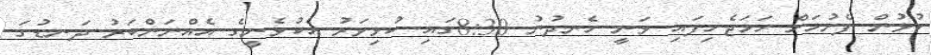
ކުޅުން ފެށުމަށް ހަމަޖެހިފައި ވަނީ ހެނދުނު 8:30ގައި ކުޅިވަރު އެކުވެނީގެ އެއްނަންބަރު ދަނޑުގަ